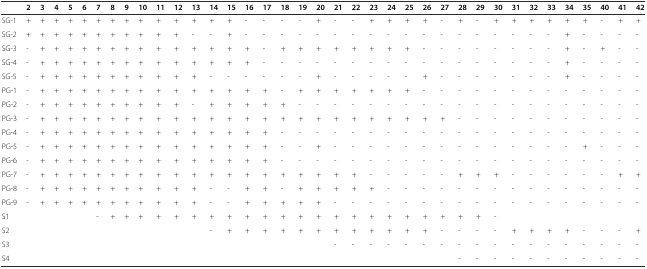
<table><thead><tr><td></td><td><b>2</b></td><td><b>3</b></td><td><b>4</b></td><td><b>5</b></td><td><b>6</b></td><td><b>7</b></td><td><b>8</b></td><td><b>9</b></td><td><b>10</b></td><td><b>11</b></td><td><b>12</b></td><td><b>13</b></td><td><b>14</b></td><td><b>15</b></td><td><b>16</b></td><td><b>17</b></td><td><b>18</b></td><td><b>19</b></td><td><b>20</b></td><td><b>21</b></td><td><b>22</b></td><td><b>23</b></td><td><b>24</b></td><td><b>25</b></td><td><b>26</b></td><td><b>27</b></td><td><b>28</b></td><td><b>29</b></td><td><b>30</b></td><td><b>31</b></td><td><b>32</b></td><td><b>33</b></td><td><b>34</b></td><td><b>35</b></td><td><b>40</b></td><td><b>41</b></td><td><b>42</b></td></tr></thead><tbody><tr><td>SG-1</td><td>+</td><td>+</td><td>+</td><td>+</td><td>+</td><td>+</td><td>+</td><td>+</td><td>+</td><td>+</td><td>+</td><td>+</td><td>+</td><td>+</td><td>-</td><td>-</td><td>-</td><td>-</td><td>+</td><td>-</td><td>-</td><td>+</td><td>+</td><td>+</td><td>+</td><td>-</td><td>+</td><td>-</td><td>+</td><td>+</td><td>+</td><td>+</td><td>+</td><td>+</td><td>-</td><td>+</td><td>+</td></tr><tr><td>SG-2</td><td>+</td><td>+</td><td>+</td><td>+</td><td>+</td><td>+</td><td>+</td><td>+</td><td>+</td><td>+</td><td>+</td><td>-</td><td>-</td><td>+</td><td>-</td><td>-</td><td>-</td><td>-</td><td>-</td><td>-</td><td>-</td><td>-</td><td>-</td><td>-</td><td>-</td><td>-</td><td>-</td><td>-</td><td>-</td><td>-</td><td>-</td><td>-</td><td>+</td><td>-</td><td>-</td><td>-</td><td>-</td></tr><tr><td>SG-3</td><td>-</td><td>+</td><td>+</td><td>+</td><td>+</td><td>+</td><td>+</td><td>+</td><td>+</td><td>+</td><td>+</td><td>+</td><td>+</td><td>+</td><td>+</td><td>-</td><td>+</td><td>+</td><td>+</td><td>+</td><td>+</td><td>+</td><td>+</td><td>+</td><td>-</td><td>-</td><td>-</td><td>-</td><td>-</td><td>-</td><td>-</td><td>-</td><td>+</td><td>-</td><td>+</td><td>-</td><td>-</td></tr><tr><td>SG-4</td><td>-</td><td>+</td><td>+</td><td>+</td><td>+</td><td>+</td><td>+</td><td>+</td><td>+</td><td>+</td><td>+</td><td>+</td><td>+</td><td>+</td><td>+</td><td>-</td><td>-</td><td>-</td><td>-</td><td>-</td><td>-</td><td>-</td><td>-</td><td>-</td><td>-</td><td>-</td><td>-</td><td>-</td><td>-</td><td>-</td><td>-</td><td>-</td><td>+</td><td>-</td><td>-</td><td>-</td><td>-</td></tr><tr><td>SG-5</td><td>-</td><td>+</td><td>+</td><td>+</td><td>+</td><td>+</td><td>+</td><td>+</td><td>+</td><td>+</td><td>+</td><td>+</td><td>-</td><td>-</td><td>-</td><td>-</td><td>-</td><td>-</td><td>+</td><td>-</td><td>-</td><td>-</td><td>-</td><td>-</td><td>+</td><td>-</td><td>-</td><td>-</td><td>-</td><td>-</td><td>-</td><td>-</td><td>+</td><td>-</td><td>-</td><td>-</td><td>-</td></tr><tr><td>PG-1</td><td>-</td><td>+</td><td>+</td><td>+</td><td>+</td><td>+</td><td>+</td><td>+</td><td>+</td><td>+</td><td>+</td><td>+</td><td>+</td><td>+</td><td>+</td><td>+</td><td>-</td><td>+</td><td>+</td><td>+</td><td>+</td><td>+</td><td>+</td><td>+</td><td>-</td><td>-</td><td>-</td><td>-</td><td>-</td><td>-</td><td>-</td><td>-</td><td>-</td><td>-</td><td>-</td><td>-</td><td>-</td></tr><tr><td>PG-2</td><td>-</td><td>+</td><td>+</td><td>+</td><td>+</td><td>+</td><td>+</td><td>+</td><td>+</td><td>+</td><td>+</td><td>-</td><td>+</td><td>+</td><td>+</td><td>+</td><td>+</td><td>-</td><td>-</td><td>-</td><td>-</td><td>-</td><td>-</td><td>-</td><td>-</td><td>-</td><td>-</td><td>-</td><td>-</td><td>-</td><td>-</td><td>-</td><td>-</td><td>-</td><td>-</td><td>-</td><td>-</td></tr><tr><td>PG-3</td><td>-</td><td>+</td><td>+</td><td>+</td><td>+</td><td>+</td><td>+</td><td>+</td><td>+</td><td>+</td><td>+</td><td>+</td><td>+</td><td>+</td><td>+</td><td>+</td><td>+</td><td>+</td><td>+</td><td>+</td><td>+</td><td>+</td><td>+</td><td>+</td><td>+</td><td>+</td><td>-</td><td>-</td><td>-</td><td>-</td><td>-</td><td>-</td><td>-</td><td>-</td><td>-</td><td>-</td><td>-</td></tr><tr><td>PG-4</td><td>-</td><td>+</td><td>+</td><td>+</td><td>+</td><td>+</td><td>+</td><td>+</td><td>+</td><td>+</td><td>+</td><td>+</td><td>+</td><td>+</td><td>+</td><td>+</td><td>-</td><td>-</td><td>-</td><td>-</td><td>-</td><td>-</td><td>-</td><td>-</td><td>-</td><td>-</td><td>-</td><td>-</td><td>-</td><td>-</td><td>-</td><td>-</td><td>-</td><td>-</td><td>-</td><td>-</td><td>-</td></tr><tr><td>PG-5</td><td>-</td><td>+</td><td>+</td><td>+</td><td>+</td><td>+</td><td>+</td><td>+</td><td>+</td><td>+</td><td>+</td><td>+</td><td>+</td><td>+</td><td>+</td><td>+</td><td>-</td><td>-</td><td>+</td><td>-</td><td>-</td><td>-</td><td>-</td><td>-</td><td>-</td><td>-</td><td>-</td><td>-</td><td>-</td><td>-</td><td>-</td><td>-</td><td>-</td><td>+</td><td>-</td><td>-</td><td>-</td></tr><tr><td>PG-6</td><td>-</td><td>+</td><td>+</td><td>+</td><td>+</td><td>+</td><td>+</td><td>+</td><td>+</td><td>+</td><td>+</td><td>+</td><td>+</td><td>+</td><td>+</td><td>+</td><td>-</td><td>-</td><td>-</td><td>-</td><td>-</td><td>-</td><td>-</td><td>-</td><td>-</td><td>-</td><td>-</td><td>-</td><td>-</td><td>-</td><td>-</td><td>-</td><td>-</td><td>-</td><td>-</td><td>-</td><td>-</td></tr><tr><td>PG-7</td><td>-</td><td>+</td><td>+</td><td>+</td><td>+</td><td>+</td><td>+</td><td>+</td><td>+</td><td>+</td><td>+</td><td>+</td><td>+</td><td>+</td><td>+</td><td>+</td><td>+</td><td>+</td><td>+</td><td>+</td><td>+</td><td>-</td><td>-</td><td>-</td><td>-</td><td>-</td><td>+</td><td>+</td><td>+</td><td>-</td><td>-</td><td>-</td><td>-</td><td>-</td><td>-</td><td>+</td><td>+</td></tr><tr><td>PG-8</td><td>-</td><td>+</td><td>+</td><td>+</td><td>+</td><td>+</td><td>+</td><td>+</td><td>+</td><td>+</td><td>+</td><td>+</td><td>-</td><td>-</td><td>+</td><td>+</td><td>-</td><td>+</td><td>+</td><td>+</td><td>+</td><td>+</td><td>-</td><td>-</td><td>-</td><td>-</td><td>-</td><td>-</td><td>-</td><td>-</td><td>-</td><td>-</td><td>-</td><td>-</td><td>-</td><td>-</td><td>-</td></tr><tr><td>PG-9</td><td>-</td><td>+</td><td>+</td><td>+</td><td>+</td><td>+</td><td>+</td><td>+</td><td>+</td><td>+</td><td>+</td><td>+</td><td>-</td><td>-</td><td>+</td><td>+</td><td>+</td><td>+</td><td>+</td><td>-</td><td>-</td><td>-</td><td>-</td><td>-</td><td>-</td><td>-</td><td>-</td><td>-</td><td>-</td><td>-</td><td>-</td><td>-</td><td>-</td><td>-</td><td>-</td><td>-</td><td>-</td></tr><tr><td>S1</td><td></td><td></td><td></td><td></td><td></td><td>-</td><td>+</td><td>+</td><td>+</td><td>+</td><td>+</td><td>+</td><td>+</td><td>+</td><td>+</td><td>+</td><td>+</td><td>+</td><td>+</td><td>+</td><td>+</td><td>+</td><td>+</td><td>+</td><td>+</td><td>+</td><td>+</td><td>+</td><td>-</td><td></td><td></td><td></td><td></td><td></td><td></td><td></td><td></td></tr><tr><td>S2</td><td></td><td></td><td></td><td></td><td></td><td></td><td></td><td></td><td></td><td></td><td></td><td></td><td>-</td><td>+</td><td>+</td><td>+</td><td>+</td><td>+</td><td>+</td><td>+</td><td>+</td><td>+</td><td>+</td><td>+</td><td>+</td><td>-</td><td>-</td><td>-</td><td>-</td><td>+</td><td>+</td><td>+</td><td>+</td><td>-</td><td>-</td><td>-</td><td>+</td></tr><tr><td>S3</td><td></td><td></td><td></td><td></td><td></td><td></td><td></td><td></td><td></td><td></td><td></td><td></td><td></td><td></td><td></td><td></td><td></td><td></td><td></td><td>-</td><td>-</td><td>-</td><td>-</td><td>-</td><td>-</td><td>-</td><td>-</td><td>-</td><td>-</td><td>-</td><td>-</td><td>-</td><td>-</td><td>-</td><td>-</td><td>-</td><td>-</td></tr><tr><td>S4</td><td></td><td></td><td></td><td></td><td></td><td></td><td></td><td></td><td></td><td></td><td></td><td></td><td></td><td></td><td></td><td></td><td></td><td></td><td></td><td></td><td></td><td></td><td></td><td></td><td></td><td></td><td>-</td><td>-</td><td>-</td><td>-</td><td>-</td><td>-</td><td>-</td><td>-</td><td>-</td><td>-</td><td>-</td></tr></tbody></table>